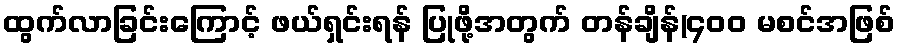
ထွက်လာခြင်းကြောင့် ဖယ်ရှင်းရန် ပြုဖို့အတွက် တန်ချိန်(၄၀၀ မစင်အဖြစ်